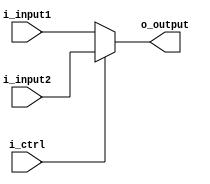
`timescale 1ns / 1ps
//////////////////////////////////////////////////////////////////////////////////
// Company: 
// Engineer: 
// 
// Design Name: 
// Module Name: mux 
// Project Name: 
// Target Devices: 
// Tool Versions: 
// Description: 
// mux32,32,i_ctrl0i_input1,i_ctrl1i_input2.
// mux5,5,i_ctrl0i_input1,i_ctrl1i_input2.
// Dependencies: 
// 
// Revision:
// Revision 0.01 - File Created
// Additional Comments:
// 
//////////////////////////////////////////////////////////////////////////////////


module mux32 (
    input wire [31:0] i_input1,
    input wire [31:0] i_input2,
    input wire i_ctrl,
    output wire [31:0] o_output
);
    assign o_output = (i_ctrl == 0) ? i_input1 : i_input2;
endmodule

module mux5 (
    input wire [4:0] i_input1,
    input wire [4:0] i_input2,
    input wire i_ctrl,
    output wire [4:0] o_output
);
    assign o_output = (i_ctrl == 0) ? i_input1 : i_input2;
endmodule

module mux32_3_1 (
    input wire [31:0] i_input1,
    input wire [31:0] i_input2,
    input wire [31:0] i_input3,
    input wire [1:0] i_ctrl,
    output wire [31:0] o_output
);
  assign o_output =
    (i_ctrl == 2'b00) ? i_input1 :
    (i_ctrl == 2'b01) ? i_input2 :
    (i_ctrl == 2'b10) ? i_input3 :
    i_input1;
endmodule

module mux32_4_1 (
    input wire [31:0] i_input1,
    input wire [31:0] i_input2,
    input wire [31:0] i_input3,
    input wire [31:0] i_input4,
    input wire [1:0] i_ctrl,
    output wire [31:0] o_output
); 
  assign o_output =
    (i_ctrl == 2'b00) ? i_input1 :
    (i_ctrl == 2'b01) ? i_input2 :
    (i_ctrl == 2'b10) ? i_input3 :
    (i_ctrl == 2'b11) ? i_input4 :
    i_input1;
endmodule